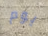
يوم